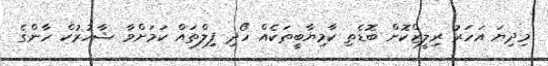
މިދިޔަ އަހަރު ރިލީޒްކޮށް ބޮޑެތި ކާމިޔާބީތަކެއް ހޯދި ފިލްތައް ކަަމަށްވާ ޝާހުރުކް ހާންގެ